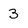
Character: 3